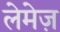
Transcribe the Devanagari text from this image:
लेमेज़